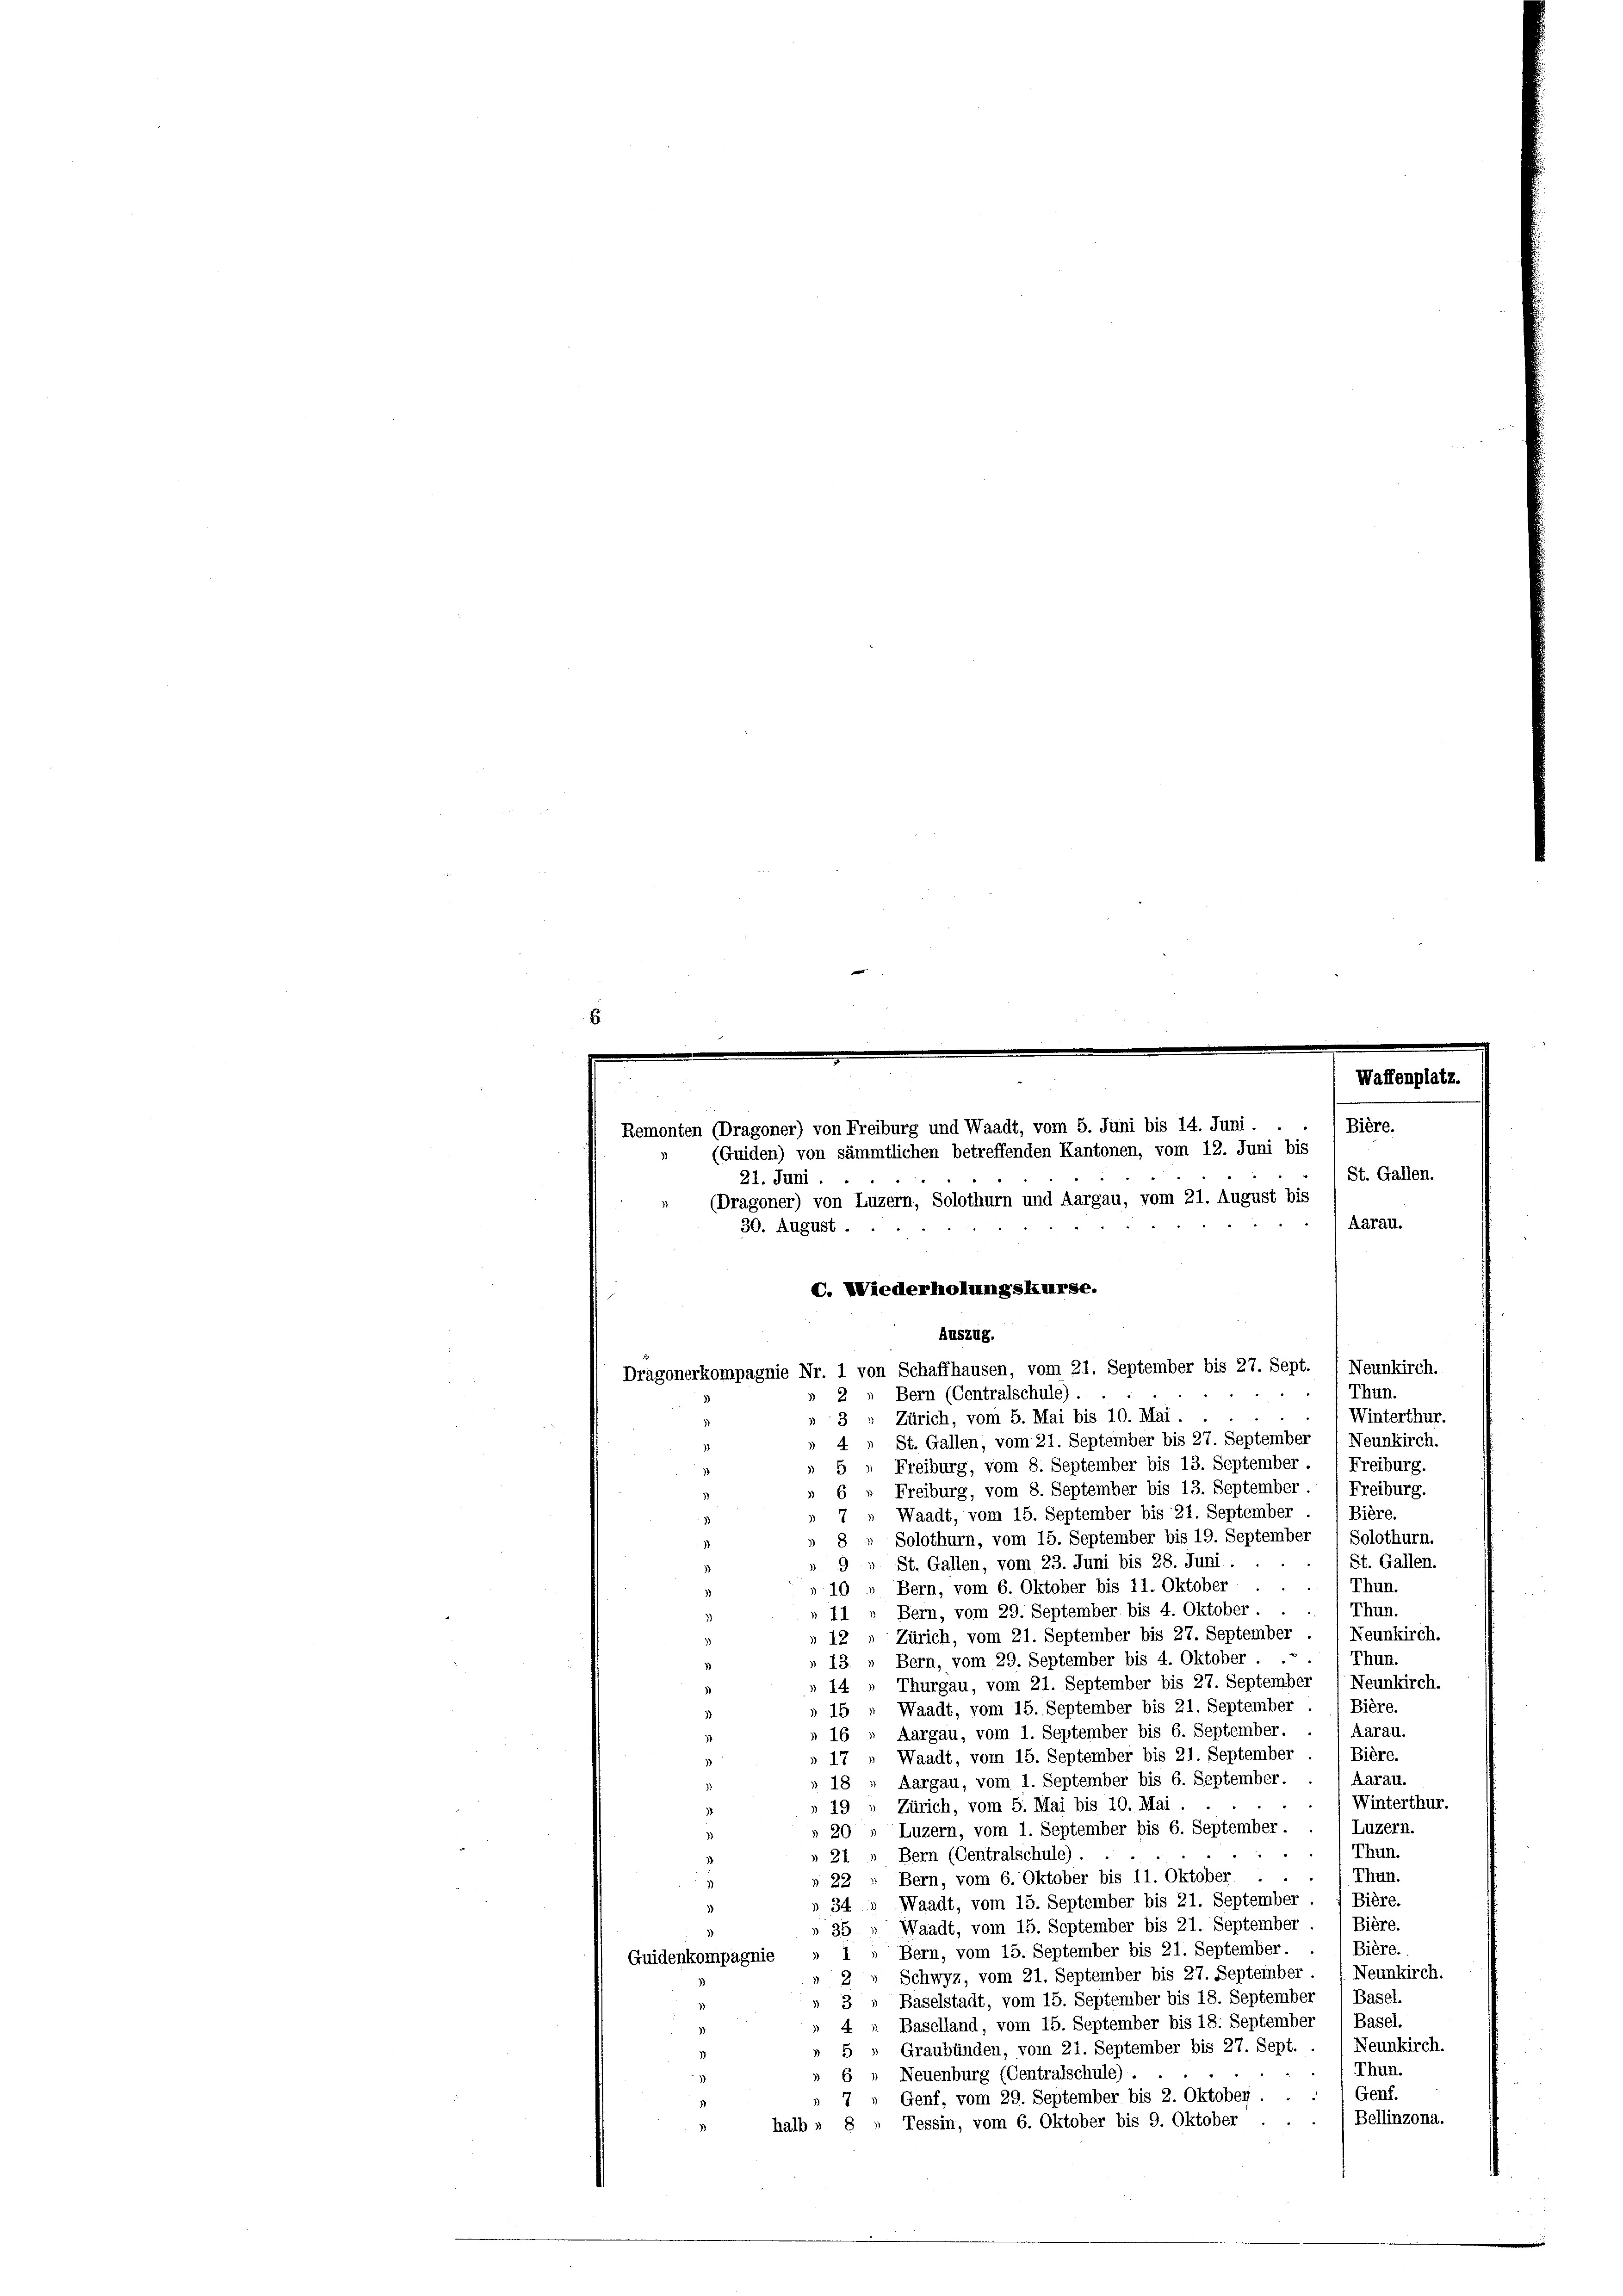
6.
.

Auszug.
Neunkirch.
Dragonerkompagnie Nr. 1 von Schaffhausen, vom 21. September bis 27. Sept.
Thun.
Bern (Centralschule).
2
Winterthur.
Zürich, vom 5. Mai bis 10. Mai.
3
St. Gallen, vom 21. September bis 27. September 1 Neunkirch.
4
Freiburg, vom 8. September bis 13. September. (Freiburg.
Freiburg, vom 8. September bis 13. September (Freiburg.
Waadt, vom 15. September bis 21. September . / Bière.
Solothurn, vom 15. September bis 19. September 1 Solothurn.
St. Gallen.
9» St. Gallen, vom 23. Juni bis 28. Juni :
10 » Bern, vom 6. Oktober bis 11. Oktober
Thun.
Thun.
11, Bern, vom 29. September bis 4. Oktober.
12 " Zürich, vom 21. September bis 27. September / Neunkirch.
Thun.
13. " Bern, vom 29. September bis 4. Oktober
14 - Thurgau, vom 21. September bis 27. September (Neunkirch.
Bière.
Waadt, vom 15. September bis 21. September
15
Aarau.
 16 " Aargau, vom 1. September bis 6. September.
Bière.
Waadt, vom 15. September bis 21. September
 47
Aarau.
Aargau, vom 1. September bis 6. September.
 18
Winterthur.
Zürich, vom 5. Mai bis 10. Mai.
19
Luzern.
Luzern, vom 1. September bis 6. September.
20
Thun.
21 „ Bern (Centralschule).
Thun.
22 " Bern, vom 6. Oktober bis 11. Oktober.
34 " Waadt, vom 15. September bis 21. September . / Bière.
Waadt, vom 15. September bis 21. September . / Bière.
35.
Bière.
Bern, vom 15. September bis 21. September.
Guidenkompagnie
2 " Schwyz, vom 21. September bis 27. September 1. Neunkirch.
3 „ Baselstadt, vom 15. September bis 18. September 1 Basel.
Baselland, vom 15. September bis 18. September ) Basel.
4
Neunkirch.
Graubünden, vom 21. September bis 27. Sept.
5
Thun.
Neuenburg (Centralschule).
Genf.
Genf, vom 29. September bis 2. Oktober
7
Bellinzona.
Tessin, vom 6. Oktober bis 9. Oktober
halb » 8

Waffenplatz.
Bière.
Remonten (Dragoner) von Freiburg und Waadt, vom 5. Juni bis 14. Juni.
(Guiden) von sämmtlichen betreffenden Kantonen, vom 12. Juni bis
St. Gallen.
21. Juni.
(Dragoner) von Luzern, Solothurn und Aargau, vom 21. August bis
Aarau.
30. August.
C. Wiederholungskurse.